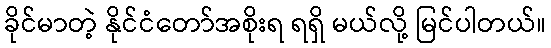
ခိုင်မာတဲ့ နိုင်ငံတော်အစိုးရ ရရှိ မယ်လို့ မြင်ပါတယ်။